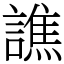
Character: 譙